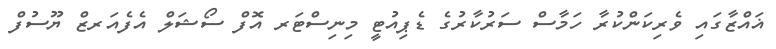
ޣައްޒާގައި ވެރިކަންކުރާ ހަމާސް ސަރުކާރުގެ ޑެޕިއުޓީ މިނިސްޓަރ އޮފް ސޯޝަލް އެފެއަރޒް ޔޫސުފް